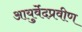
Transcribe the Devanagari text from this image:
आयुर्वेदप्रवीण